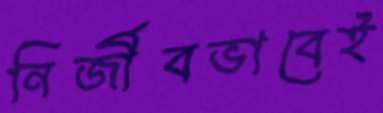
নির্জীবভাবেই